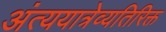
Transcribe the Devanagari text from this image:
अंत्ययात्रेव्यतिरिक्त